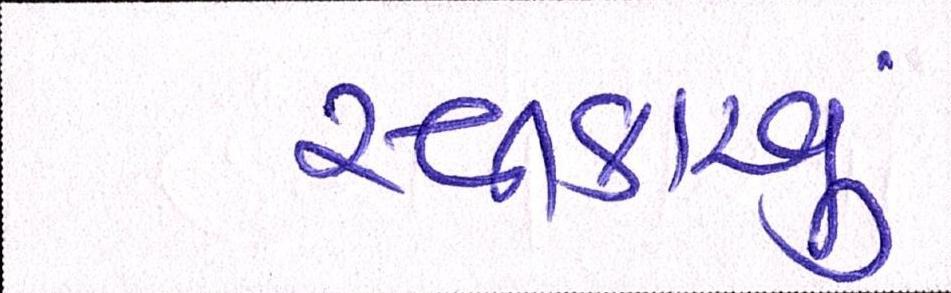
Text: સ્વીકારવું